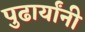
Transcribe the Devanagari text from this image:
पुढार्यांनी